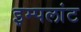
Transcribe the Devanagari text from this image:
इम्पलांट